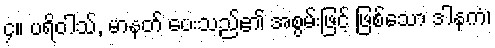
၄။ ပရိဝါသ်, မာနတ် ပေးသည်၏ အစွမ်းဖြင့် ဖြစ်သော ဒါနကံ၊